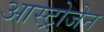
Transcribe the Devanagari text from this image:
आस्ट्रोजेन